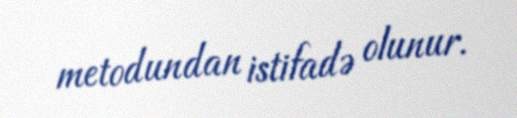
metodundan istifadə olunur.